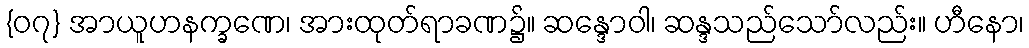
{၀၇} အာယူဟနက္ခဏေ၊ အားထုတ်ရာခဏ၌။ ဆန္ဒောဝါ၊ ဆန္ဒသည်သော်လည်း။ ဟီနော၊